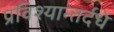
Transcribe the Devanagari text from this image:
प्रविश्यान्तर्दधे